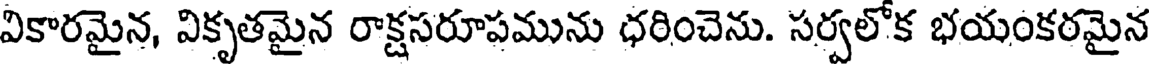
వికారమైన, వికృతమైన రాక్షసరూపమును ధరించెను. సర్వలోక భయంకరమైన